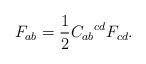
LaTeX: \begin{align*} F_{ab}= \frac12 {C_{ab}}^{cd} F_{cd}.\end{align*}